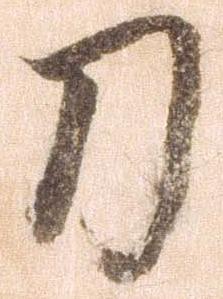
刀